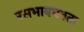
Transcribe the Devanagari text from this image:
रसभावघनता